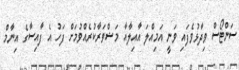
ސަންޓޯސް ވިދާޅުވެފައި ވަނީ އަމިއްލަ އާއިލާއާ މަޝްވަރާކުރެއްވުމަށް ފަހު އެ ފާއިސާގެ އިނާމް